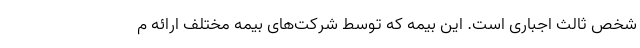
شخص ثالث اجباری است. این بیمه که توسط شرکت‌های بیمه مختلف ارائه م